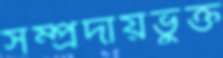
সম্প্রদায়ভুক্ত